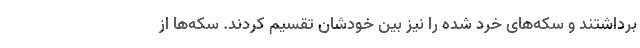
برداشتند و سکه‌های خرد شده را نیز بین خودشان تقسیم کردند. سکه‌ها از